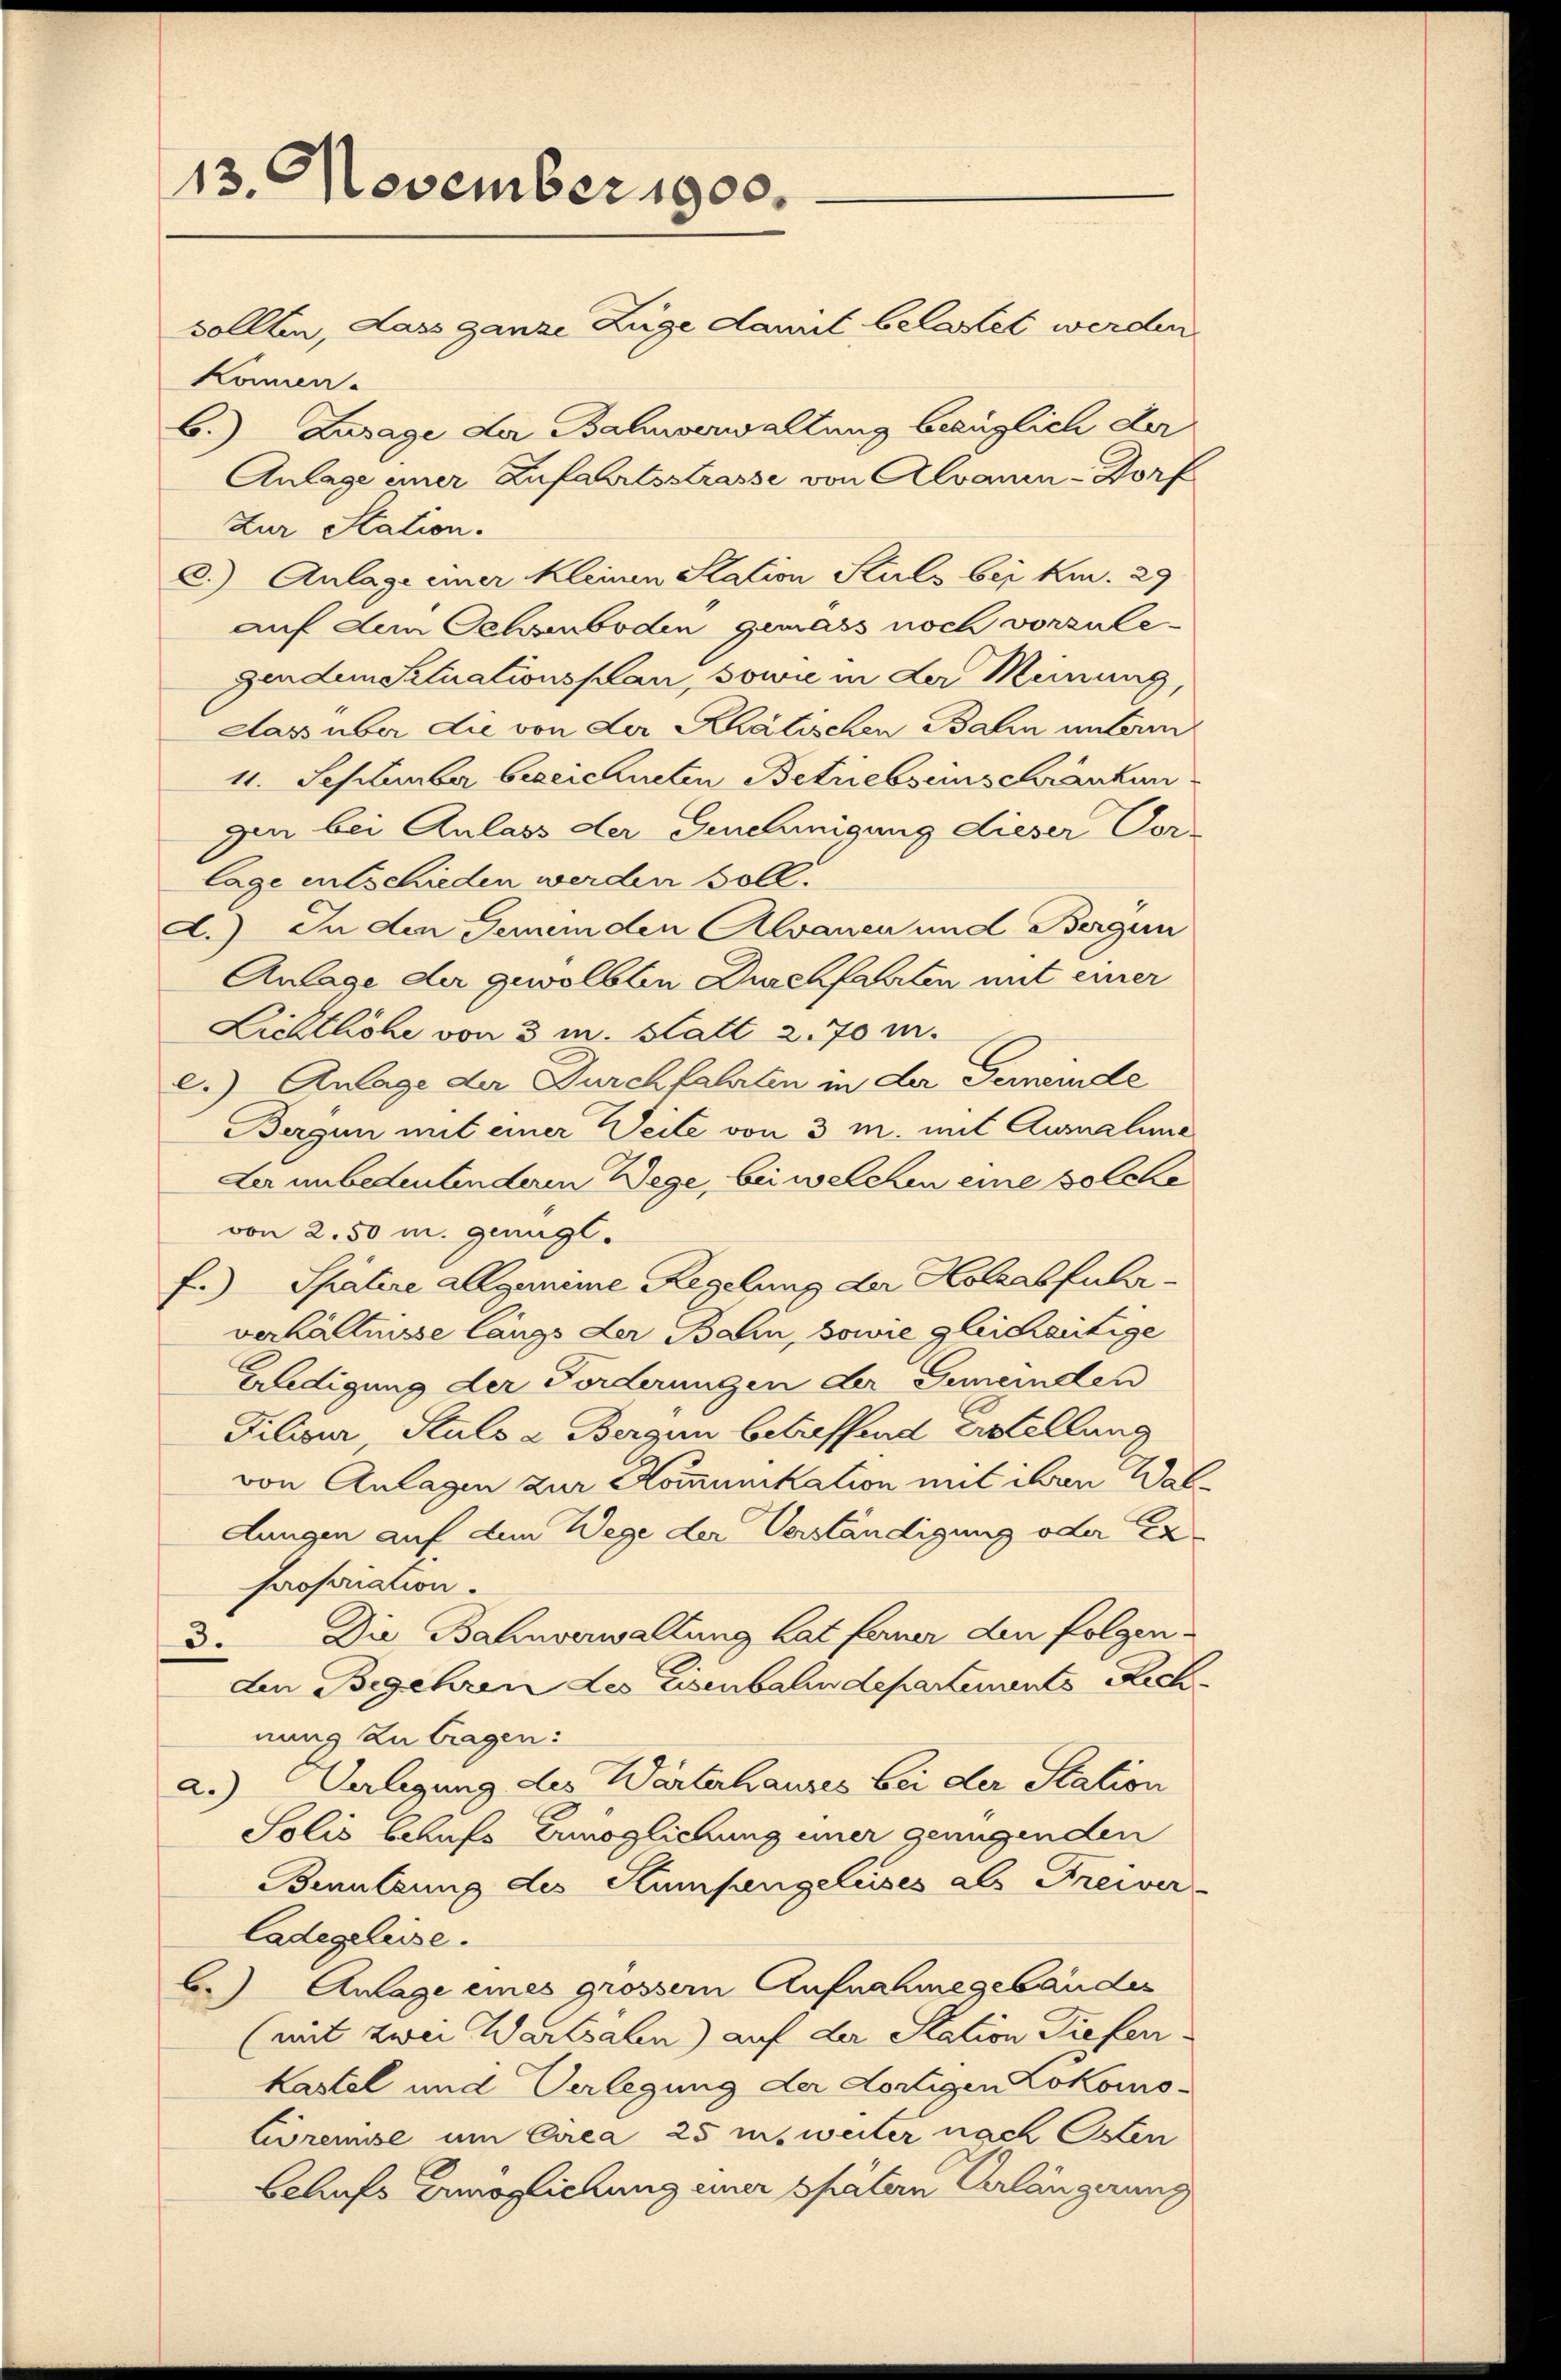
13. November 1900.
sollten, dass ganze Züge damit belastet werden.
Können.
b.) Zusage der Bahnverwaltung bezüglich der
Anlage einer Zufahrtsstrasse von Alvani-Dorf

Zur Station.
c.) Anlage einer kleinen Station Stils bei kn. 29
auf dem Oelsenboden gemäss noch vorzulegenden Situationsplan, sowie in der Meinung,
Dass über die von der Khalischen Bahn unterm
11. September bezeichneten Betriebseinschränkun
ger bei Anlass der Genehmigung dieser Vor-
lage entschieden werden soll.
A.) In den Gemeinden Alvanen und Bergun
Anlage der gewölbten Durchfahrten mit einer
Lichtliche von 3 m. Statt 2,70 m.
e.) Anlage der Durchfahrten in der Gemeinde
Bergan mit einer Weile von 3 m. mit Ausmalime
Ler unbedeutenderen Wege, bei welchen eine solche
von 2.50 m. genügl.
f.) Spätere allgemeine Regelung der Holzabfuhr-
verhältnisse längs der Balin, sowie gleichentige
Erledigung der Forderungen der Gemeinden
Dilisur, Stulo a. Bergen betreffend Erstellung
von Anlagen zur Kommunikation mit ihren Wal¬
Lungen auf dem Wege der Verständigung oder Er-
Pofasiation.
3. Die Bahnverwaltung hat ferner den folgen-
den Begehren Les eisenbahndepartements Rech
nung zu tragen:
Valigung des Wärterhauses bei der Station
a.)
Solis behufs Ermöglichung einer genügenden
Benutzung des Stumpengeleises als Freiver
Cadegeleise.
be) Anlage eines grosser Aufnahmegebäudes
(mit zwei Wartsalen) auf der Station diefer
kastel und Verlegung der dortigen Lokomo-
Crenisse um Circa 25 msweiter nach Osten
beliefe Emoglichung einer spätem Verlängerung